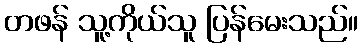
တဖန် သူ့ကိုယ်သူ ပြန်မေးသည်။